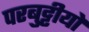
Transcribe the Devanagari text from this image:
परबुट्टीयों